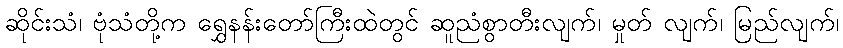
ဆိုင်းသံ၊ ဗုံသံတို့က ရွှေနန်းတော်ကြီးထဲတွင် ဆူညံစွာတီးလျက်၊ မှုတ် လျက်၊ မြည်လျက်၊